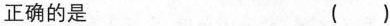
正确的是 ( )